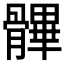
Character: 𩪖